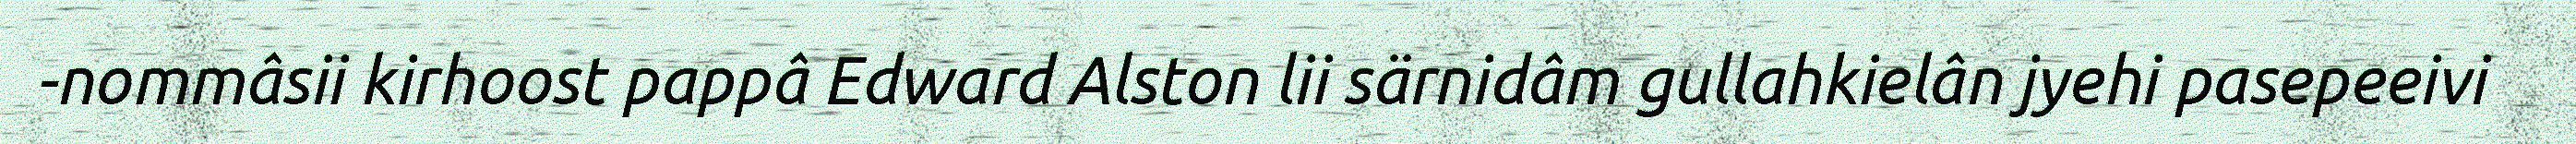
-nommâsii kirhoost pappâ Edward Alston lii särnidâm gullahkielân jyehi pasepeeivi